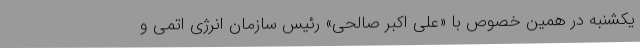
یکشنبه در همین خصوص با «علی اکبر صالحی» رئیس سازمان انرژی اتمی و